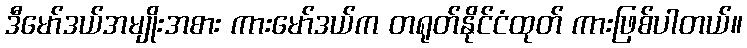
ဒီမော်ဒယ်အမျိုးအစား ကားမော်ဒယ်က တရုတ်နိုင်ငံထုတ် ကားဖြစ်ပါတယ်။